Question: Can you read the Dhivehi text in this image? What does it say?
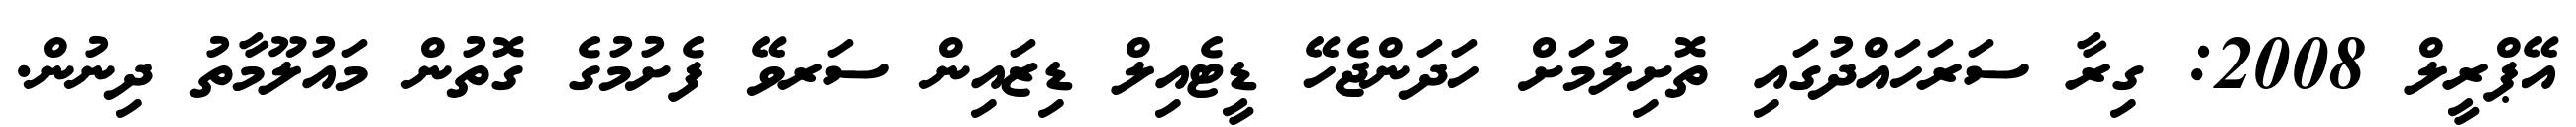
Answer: އޭޕްރީލް 2008: ގިރާ ސަރަހައްދުގައި ތޮށިލުމަށް ހަދަންޖެހޭ ޑީޓެއިލް ޑިޒައިން ސަރވޭ ފެށުމުގެ ގޮތުން މައުލޫމާތު ދިނުން.